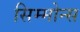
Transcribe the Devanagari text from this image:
सिम्मोन्स